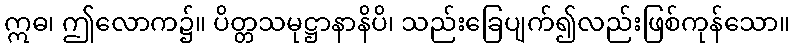
ဣဓ၊ ဤလောက၌။ ပိတ္တသမုဋ္ဌာနာနိပိ၊ သည်းခြေပျက်၍လည်းဖြစ်ကုန်သော။